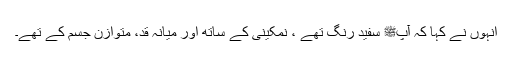
انہوں نے کہا کہ آپﷺ سفید رنگ تھے ، نمکینی کے ساتھ اور میانہ قد، متوازن جسم کے تھے۔